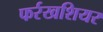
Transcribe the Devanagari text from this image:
फर्रखशियर